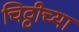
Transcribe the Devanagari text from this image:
चिठ्ठीच्या